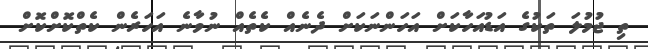
ތި ޖުމުލަ ތަކުގެ އަޑުއަހާކަށް އަހަންނަކަށް ދެނެއް ކެތެއް ނުވާނެ އަހަރެން ކެތްކޮށްކޮށް